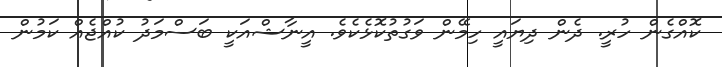
ކޮއްގެން ހުރީ. ދެން ދިޔައީ ހިމޭން ވަގުތުކޮޅެކެވެ. އީނާޝްއަކީ ބަސްމަދު ކުއްޖެއް ކަމުން